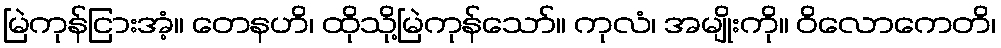
မြဲကုန်ငြားအံ့။ တေနဟိ၊ ထိုသို့မြဲကုန်သော်။ ကုလံ၊ အမျိုးကို။ ဝိလောကေတိ၊